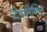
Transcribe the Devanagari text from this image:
दिनानिम्मित